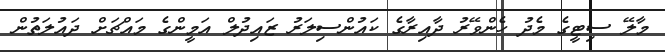
މާލޭ ސިޓީގެ މެދު ހެންވޭރު ދާއިރާގެ ކައުންސިލަރު ޒައިދުލް އަމީންގެ މައްޗަށް ދައުލަތުން